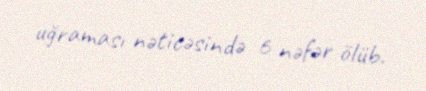
uğraması nəticəsində 6 nəfər ölüb.